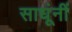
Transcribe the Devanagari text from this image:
साधूंनीं